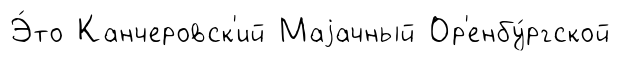
Э́то Канчеровск'ий Маjачный Ор'енбу́ргской